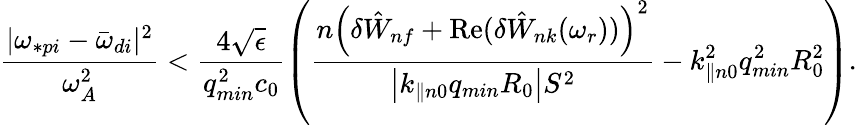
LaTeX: \frac{|\omega_{\ast pi}-{\bar{\omega}}_{di}|^{2}}{\omega_{A}^{2}}<\frac{4\sqrt{\epsilon}}{q_{min}^{2}c_{0}}\left(\frac{n\left(\delta{\hat{W}}_{nf}+\mathrm{Re}({\delta{\hat{W}}_{nk}(\omega_{r}))}\right)^{2}}{\left|k_{\parallel n0}q_{min}R_{0}\right|S^{2}}-k_{\parallel n0}^{2}q_{min}^{2}R_{0}^{2}\right).